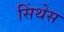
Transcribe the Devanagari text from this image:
सिंथेस